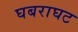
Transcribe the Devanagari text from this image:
घबराघट